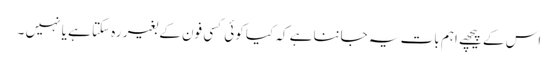
اس کے پیچھے اہم بات یہ جاننا ہے کہ کیا کوئی کسی فون کے بغیر رہ سکتا ہے یا نہیں ۔